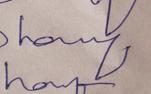
Signature authenticity: genuine